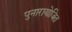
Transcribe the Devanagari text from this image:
पुनारायोजित